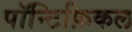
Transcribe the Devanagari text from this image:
पॉन्टिफ़िकल